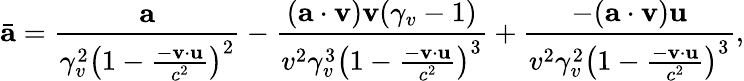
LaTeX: \bar{\mathbf{a}}=\frac{\mathbf{a}}{\gamma_{v}^{2}\left(1-\frac{-\mathbf{v}\cdot\mathbf{u}}{c^{2}}\right)^{2}}-\frac{(\mathbf{a}\cdot\mathbf{v})\mathbf{v}(\gamma_{v}-1)}{v^{2}\gamma_{v}^{3}\left(1-\frac{-\mathbf{v}\cdot\mathbf{u}}{c^{2}}\right)^{3}}+\frac{-(\mathbf{a}\cdot\mathbf{v})\mathbf{u}}{v^{2}\gamma_{v}^{2}\left(1-\frac{-\mathbf{v}\cdot\mathbf{u}}{c^{2}}\right)^{3}},